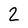
Character: 2